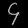
Digit: ၄